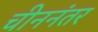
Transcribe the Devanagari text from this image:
चीननंतर